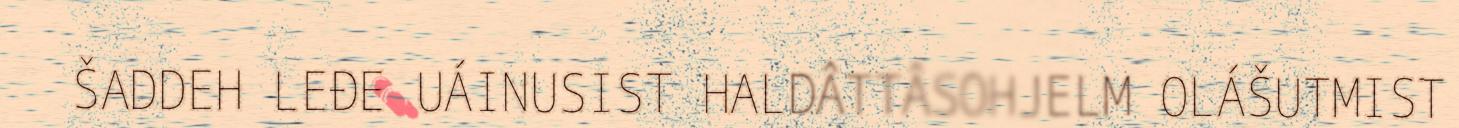
ŠADDEH LEĐE UÁINUSIST HALDÂTTÂSOHJELM OLÁŠUTMIST